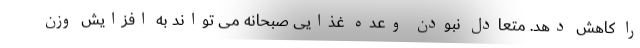
را کاهش دهد. متعادل نبودن وعده غذایی صبحانه می تواند به افزایش وزن